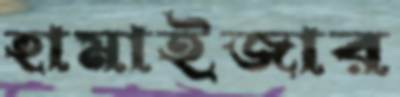
হামাইজার